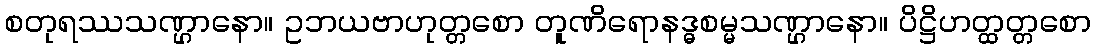
စတုရဿသဏ္ဌာနော။ ဥဘယဗာဟုတ္တစော တူဏိရောနဒ္ဓစမ္မသဏ္ဌာနော။ ပိဋ္ဌိဟတ္ထတ္တစော